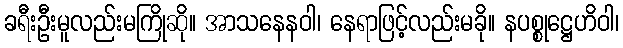
ခရီးဦးမူလည်းမကြိုဆို။ အာသနေနဝါ၊ နေရာဖြင့်လည်းမခို။ နပစ္စုဋ္ဌေဟိဝါ၊